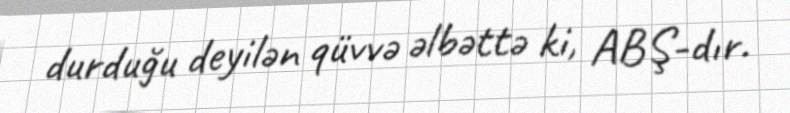
durduğu deyilən qüvvə əlbəttə ki, ABŞ-dır.